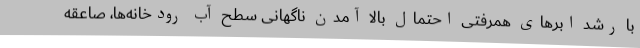
با رشد ابرهای همرفتی احتمال بالا آمدن ناگهانی سطح آب رودخانه‌ها، صاعقه